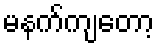
မနက်ကျတော့